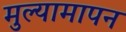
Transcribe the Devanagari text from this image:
मुल्यामापन